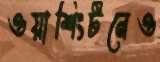
ওয়াশিংটনেও